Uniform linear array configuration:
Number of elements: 16
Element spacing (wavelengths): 1
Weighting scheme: uniform
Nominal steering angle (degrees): -60
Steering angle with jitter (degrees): -58.912
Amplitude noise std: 0.05
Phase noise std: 0.05

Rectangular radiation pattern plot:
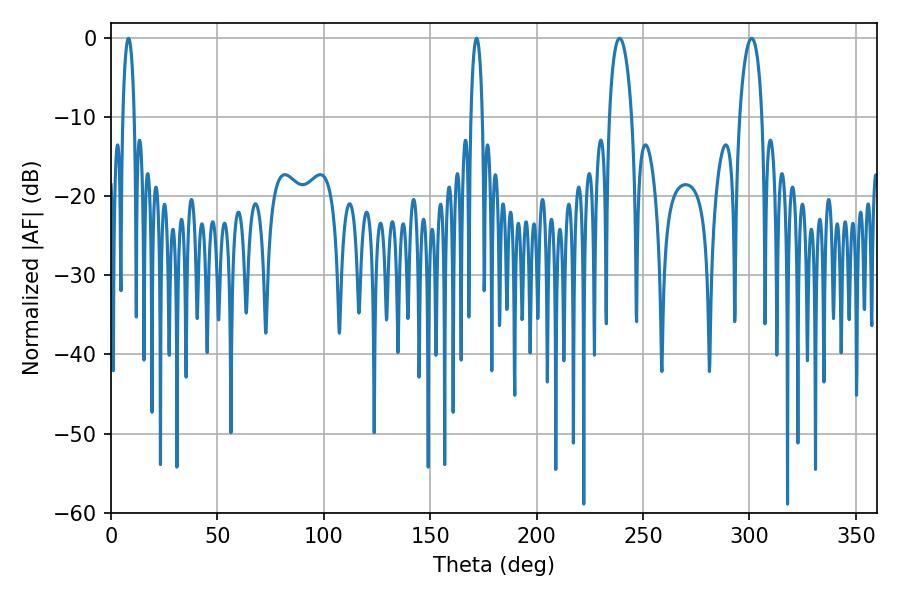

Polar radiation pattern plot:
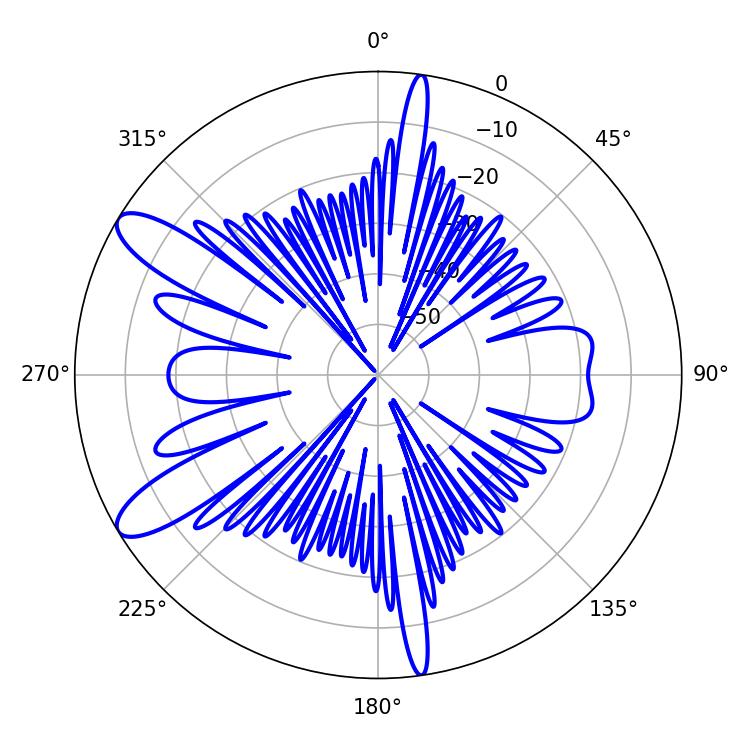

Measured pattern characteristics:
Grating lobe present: TRUE
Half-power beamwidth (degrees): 5.94
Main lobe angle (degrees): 239.04